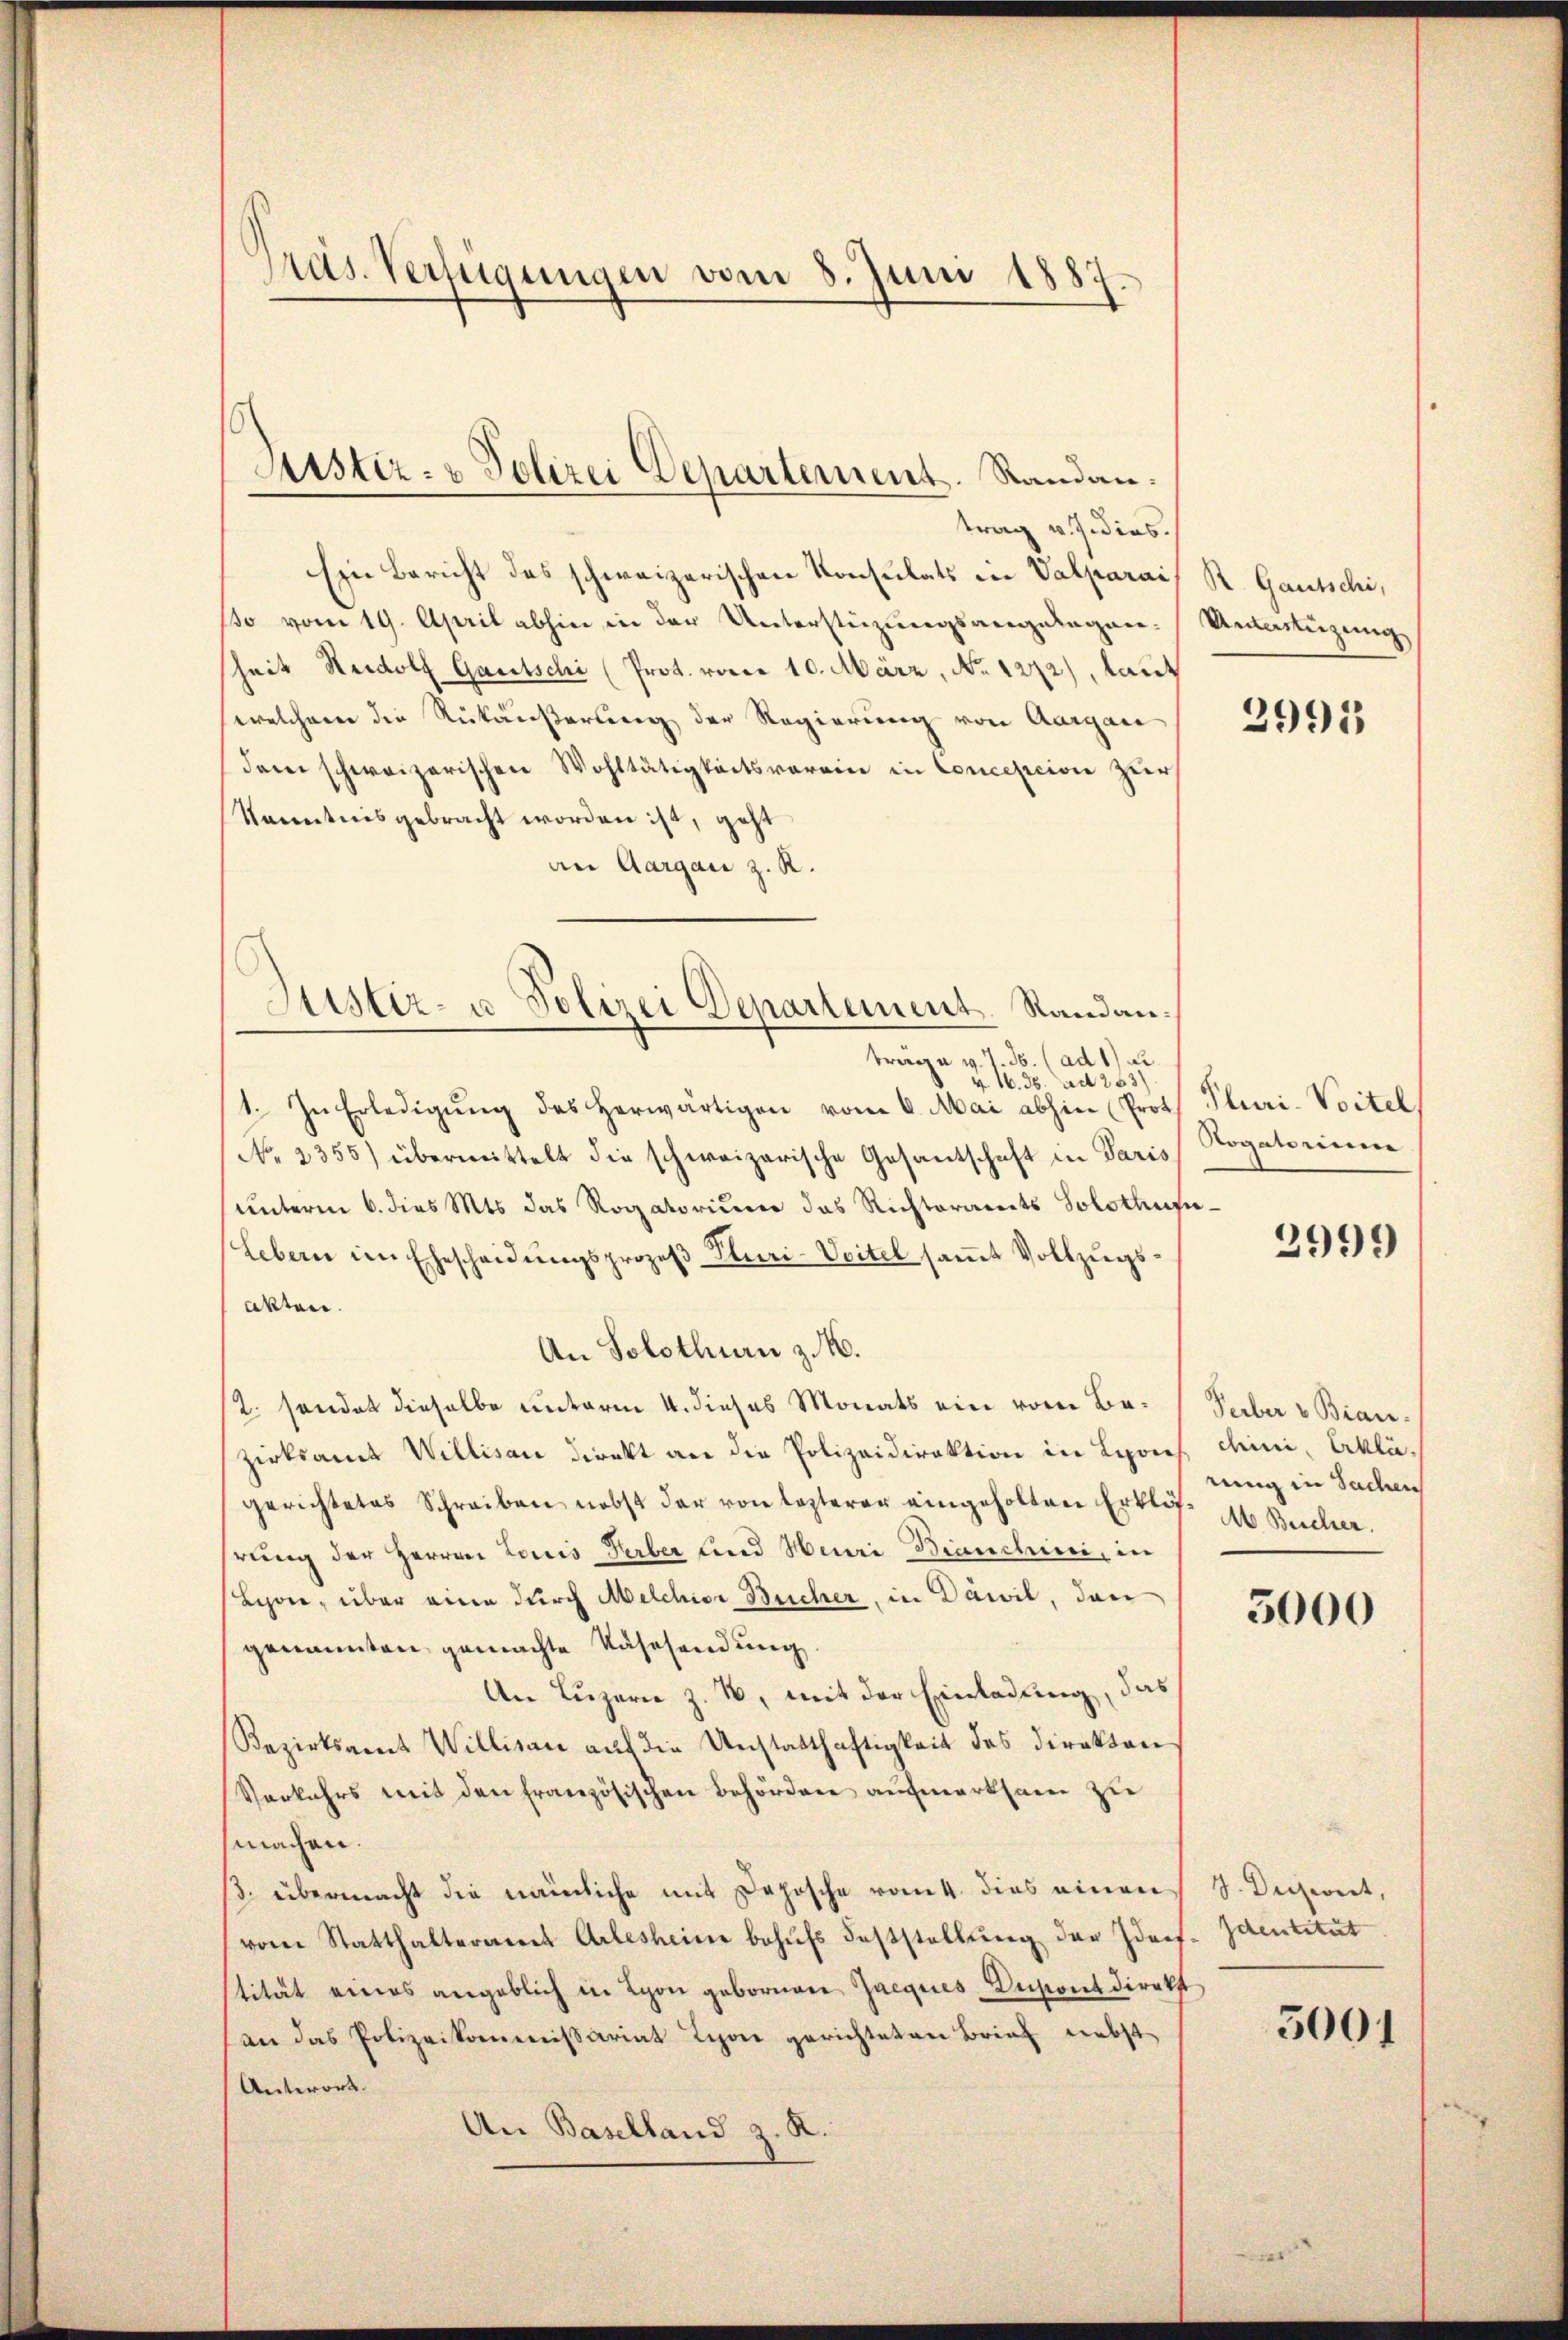
.
Präs. Verfügungen vom 8. Juni 1887.

trag v. J. dies
Ein Bericht des schweizerischen Konsulats in Valparai
so vom 19. April abhin in der Unterstüzungsangelegenheit Rudolf Gautschi (Prot. von 10. März, No 1272), laut
welchem die Rückäußerung der Regierung von Aargau
dam schweizerischen Wohltätigkeitsverein in Concescivie zuer
Kenntnis gebracht worden ist, geht
an Aargau z. R.
4. 16. 36. ad 263)
1. In Erledigŭng des herwärtigen vom 6. Mai abhin (Prot
No. 2355) übermittelt die schweizerische Gesantschaft in Paris
unterm 6. dies Mts. das Rogatorium das Richteramts Solothusi¬
Lebern im Ehescheidŭngsprozeβ Pluri-Voitel saṁt Vollzŭgs-
akten.
An Solothurn z. B.
2. sendet dieselbe unterm 4. dieses Monats ein vom Bazirksamt Willisau direkt an die Polizeidirektion in Lyones
gerichtetes Schreiben nebst der von lezterer eingeholten Erklös ab Bucher.
hrung der Herren Louis Herber und Heuri Bianchini, in
Leon, über eine durch Melchior Bücher, in Dawil, den
genannten gemachte Nasesendung.
An Luzern z. B. mit der Einladung, das
Rezirksamt Willisau auf die Unstatthaftigkeit des Direkton
Verkehrs mit den französischen Behörden aufmerksam zu
machen.
3. übermacht die nämliche mit Deposche vom 4. dies einen
vom Statthalteramt Arlesheine behufs Feststellung der Ideef
tität eines angeblich in Lyon gebornen Jacques-Destont direkt
an das Polizeikommissariat Lion gerichteten Brief nebst
Antwort.
An Baselland z. R.

Justiz- & Polizei Departement. Randan¬

Justiz- u. Polizei Departement. Randanträge v. J. J. (ad 1)

R. Gautschi,
Untertigung

2991

Pluri-Voitel
Rogatorium

2999

Peeber v. Bian.
dem. Erklä
rung in Sachen

5000

J. Dechwert,
Identität

5001